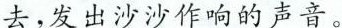
去，发出沙沙作响的声音。